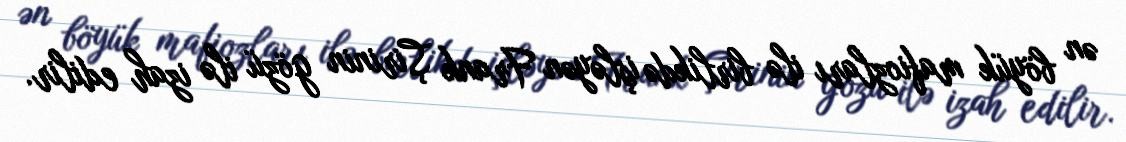
ən böyük mafiozları ilə birlikdə işləyən Frank Şirinin gözü ilə izah edilir.